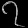
Digit: ၇